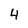
Character: 4